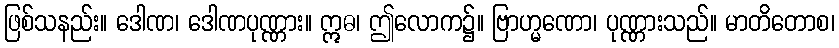
ဖြစ်သနည်း။ ဒေါဏ၊ ဒေါဏပုဏ္ဏား။ ဣဓ၊ ဤလောက၌။ ဗြာဟ္မဏော၊ ပုဏ္ဏားသည်။ မာတိတောစ၊